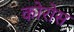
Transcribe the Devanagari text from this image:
कोरोस